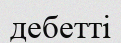
дебетті